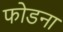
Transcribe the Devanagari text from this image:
फोडना